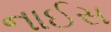
નાઈસ